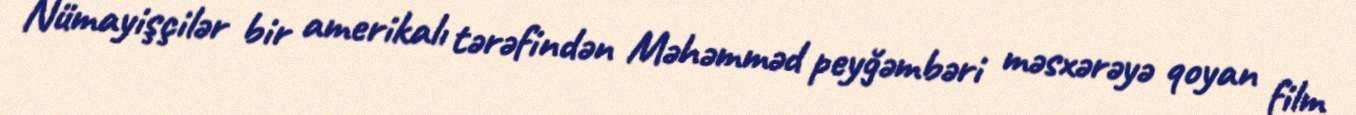
Nümayişçilər bir amerikalı tərəfindən Məhəmməd peyğəmbəri məsxərəyə qoyan film